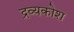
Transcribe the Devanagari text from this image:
द्रव्यकोश